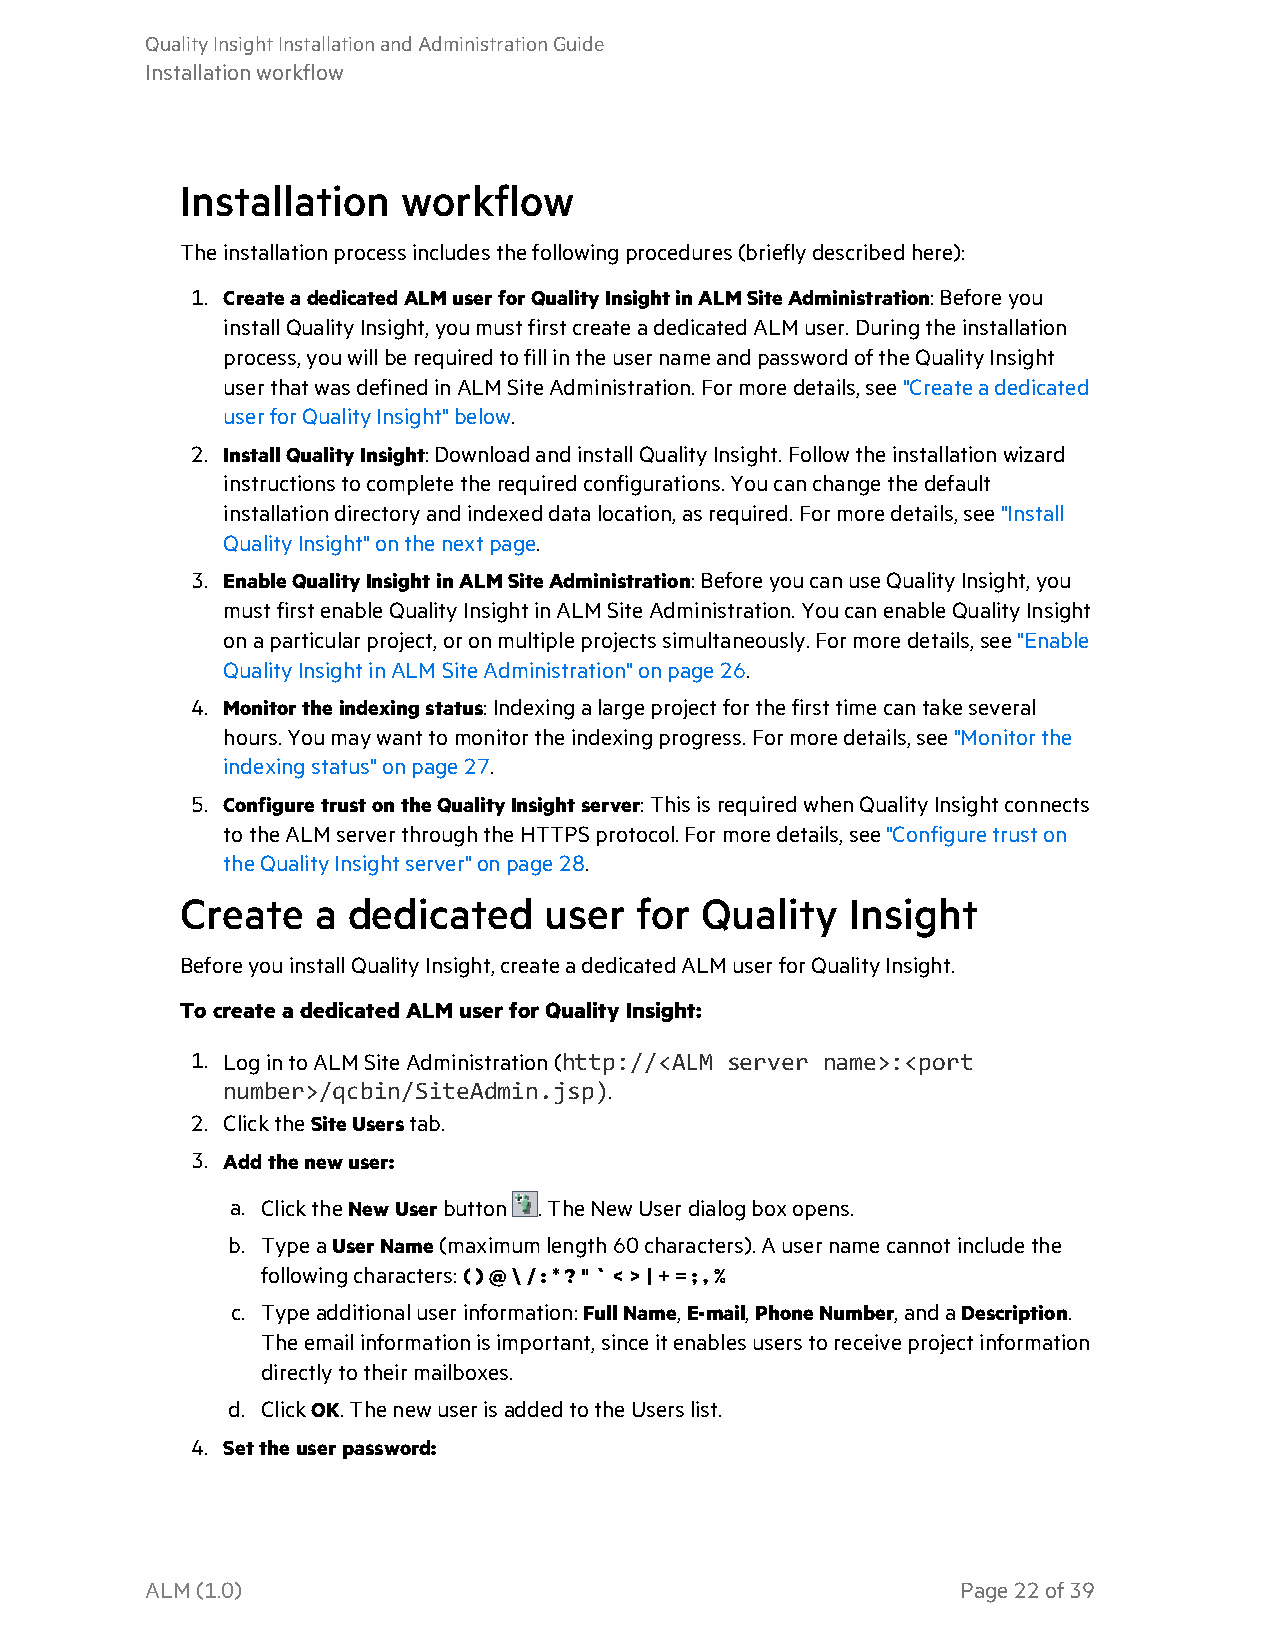
QualityInsightInstallationandAdministrationGuide
 Installationworkflow
 Installation   workflow
 Theinstallationprocessincludesthefollowingprocedures(brieflydescribedhere):
 1. CreateadedicatedALM userforQualityInsightinALM SiteAdministration:Beforeyou
 installQualityInsight,youmustfirstcreateadedicatedALM user.Duringtheinstallation
 process,youwillberequiredtofillintheusernameandpasswordoftheQualityInsight
 userthatwasdefinedinALM SiteAdministration.Formoredetails,see"Createadedicated
 userforQualityInsight"below.
 2. InstallQualityInsight: DownloadandinstallQualityInsight.Followtheinstallationwizard
 instructionstocompletetherequiredconfigurations.Youcanchangethedefault
 installationdirectoryandindexeddatalocation,asrequired.Formoredetails,see"Install
 QualityInsight"onthenextpage.
 3. EnableQualityInsightinALM SiteAdministration:BeforeyoucanuseQualityInsight,you
 mustfirstenableQualityInsightinALM SiteAdministration.YoucanenableQualityInsight
 onaparticularproject,oronmultipleprojectssimultaneously.Formoredetails,see"Enable
 QualityInsightinALM SiteAdministration"onpage 26.
 4. Monitortheindexingstatus:Indexingalargeprojectforthefirsttimecantakeseveral
 hours.Youmaywanttomonitortheindexingprogress.Formoredetails,see"Monitorthe
 indexingstatus"onpage 27.
 5. ConfiguretrustontheQualityInsightserver:ThisisrequiredwhenQualityInsightconnects
 totheALM serverthroughtheHTTPSprotocol.Formoredetails,see"Configuretruston
 theQualityInsightserver"onpage 28.
 Create   a dedicated    user  for Quality   Insight
 BeforeyouinstallQualityInsight,createadedicatedALM userforQualityInsight.
 TocreateadedicatedALM userforQualityInsight:
 1. LogintoALMSiteAdministration(http://<ALM server name>:<port
 number>/qcbin/SiteAdmin.jsp).
 2. ClicktheSiteUserstab.
 3. Addthenewuser:
 a. ClicktheNewUserbutton .TheNewUserdialogboxopens.
 b. TypeaUserName(maximumlength60characters).Ausernamecannotincludethe
 followingcharacters:( )@\/:*?"`<>|+=;,%
 c. Typeadditionaluserinformation:FullName,E-mail,PhoneNumber,andaDescription.
 Theemailinformationisimportant,sinceitenablesuserstoreceiveprojectinformation
 directlytotheirmailboxes.
 d. ClickOK.ThenewuserisaddedtotheUserslist.
 4. Settheuserpassword:
 ALM(1.0)                                              Page22of39